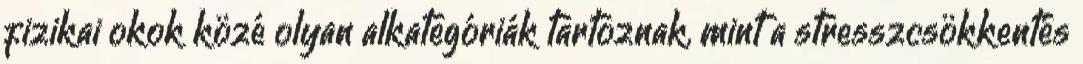
fizikai okok közé olyan alkategóriák tartoznak, mint a stresszcsökkentés